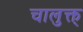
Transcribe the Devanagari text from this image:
चालुक्त्